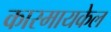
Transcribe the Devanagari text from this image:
कारमायकेल